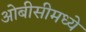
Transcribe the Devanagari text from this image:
ओबीसीमध्ये